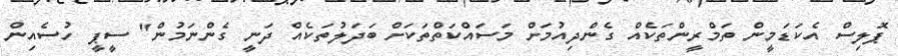
ޕޮލިސް އެކަޑަމީން ތަމްރީންތަކެއް ގެންދިއުމަށް މަސައްކަތްތަކަށް ބަދަލުތަކެއް ދަނީ ގެންނަމުން" ސީޕީ ހުސެއިން